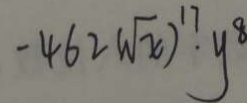
- 4 6 2 ( \sqrt { x } ) ^ { 1 7 } \cdot y ^ { 8 }